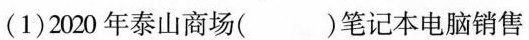
(1)2020年泰山商场()笔记本电脑销售